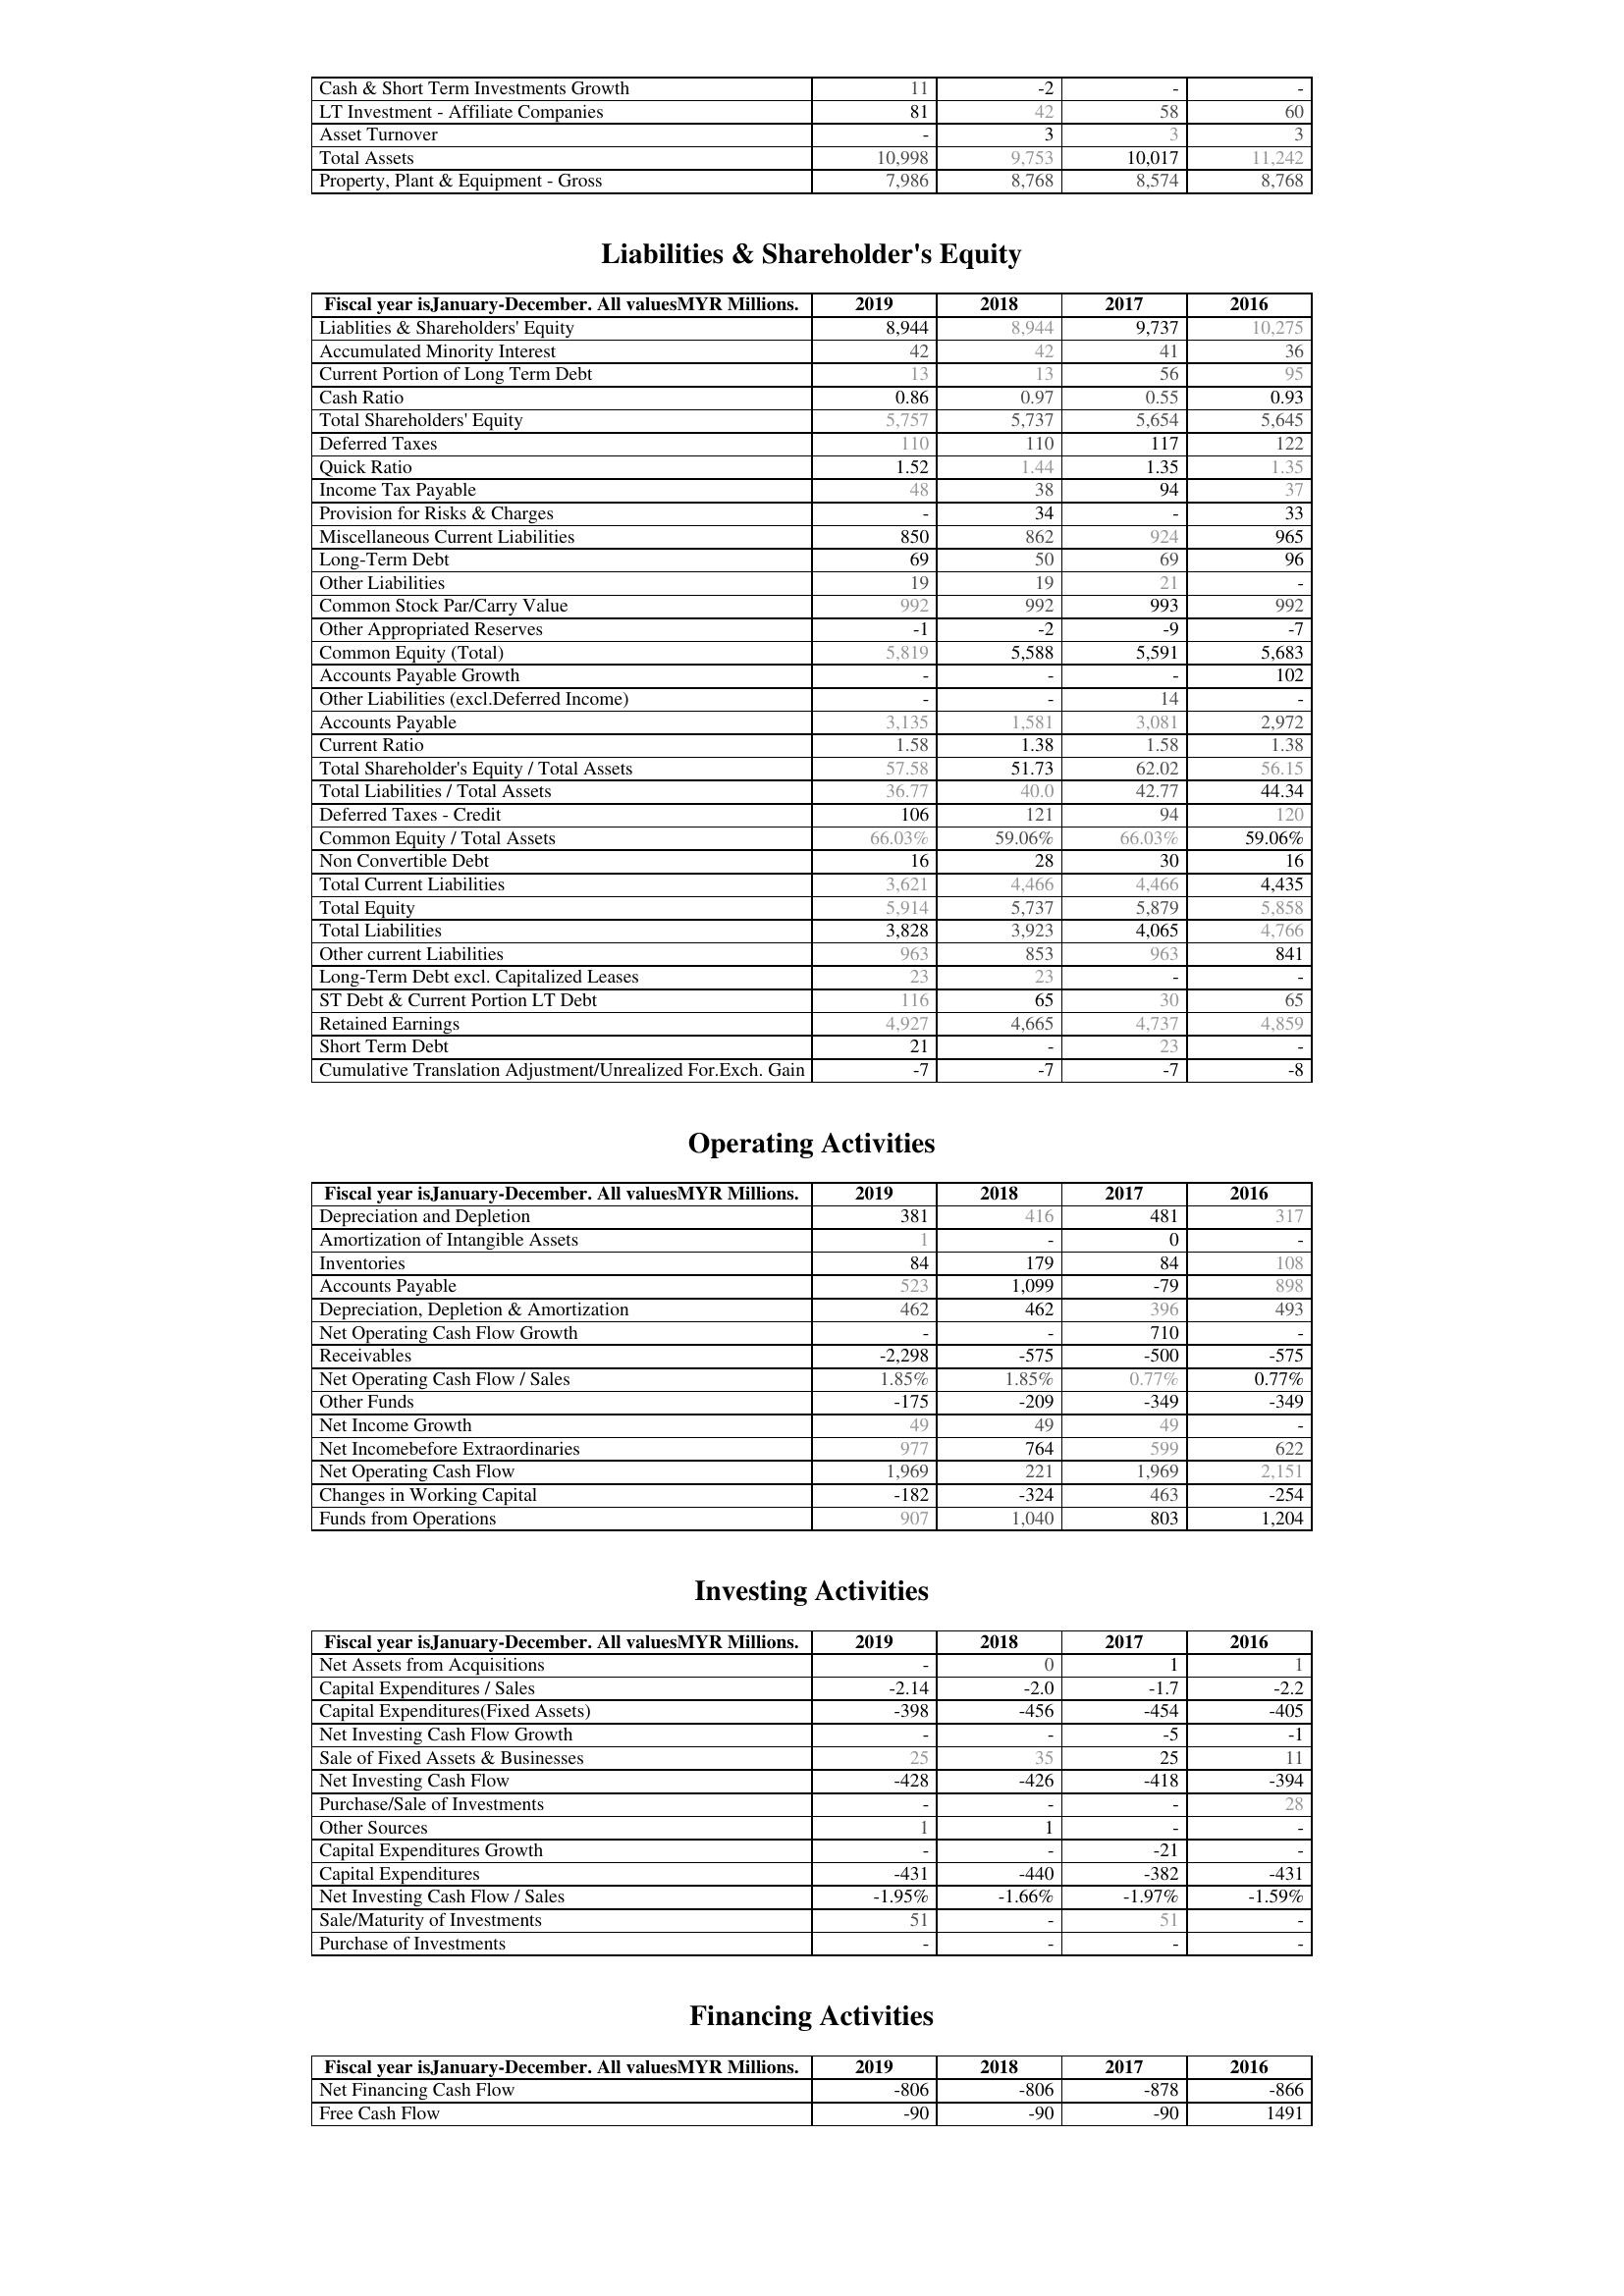
2019: Assets: Cash & Short Term Investments Growth: 11
LT Investment - Affiliate Companies: 81
Asset Turnover: -
Total Assets: 10,998
Property, Plant & Equipment - Gross : 7,986
Liabilities & Shareholder's Equity: Liablities & Shareholders' Equity: 8,944
Accumulated Minority Interest: 42
Current Portion of Long Term Debt: 13
Cash Ratio: 0.86
Total Shareholders' Equity: 5,757
Deferred Taxes: 110
Quick Ratio: 1.52
Income Tax Payable: 48
Provision for Risks & Charges: -
Miscellaneous Current Liabilities: 850
Long-Term Debt: 69
Other Liabilities: 19
Common Stock Par/Carry Value: 992
Other Appropriated Reserves: -1
Common Equity (Total): 5,819
Accounts Payable Growth: -
Other Liabilities (excl.Deferred Income): -
Accounts Payable: 3,135
Current Ratio: 1.58
Total Shareholder's Equity / Total Assets: 57.58
Total Liabilities / Total Assets: 36.77
Deferred Taxes - Credit: 106
Common Equity / Total Assets: 66.03%
Non Convertible Debt: 16
Total Current Liabilities: 3,621
Total Equity: 5,914
Total Liabilities: 3,828
Other current Liabilities: 963
Long-Term Debt excl. Capitalized Leases: 23
ST Debt & Current Portion LT Debt: 116
Retained Earnings: 4,927
Short Term Debt: 21
Cumulative Translation Adjustment/Unrealized For.Exch. Gain: -7
Operating Activities: Depreciation and Depletion: 381
Amortization of Intangible Assets: 1
Inventories: 84
Accounts Payable: 523
Depreciation, Depletion & Amortization: 462
Net Operating Cash Flow Growth: -
Receivables: -2,298
Net Operating Cash Flow / Sales: 1.85%
Other Funds: -175
Net Income Growth: 49
Net Incomebefore Extraordinaries: 977
Net Operating Cash Flow: 1,969
Changes in Working Capital: -182
Funds from Operations: 907
Investing Activities: Net Assets from Acquisitions: -
Capital Expenditures / Sales: -2.14
Capital Expenditures(Fixed Assets): -398
Net Investing Cash Flow Growth: -
Sale of Fixed Assets & Businesses: 25
Net Investing Cash Flow: -428
Purchase/Sale of Investments: -
Other Sources: 1
Capital Expenditures Growth: -
Capital Expenditures: -431
Net Investing Cash Flow / Sales: -1.95%
Sale/Maturity of Investments: 51
Purchase of Investments: -
Financing Activities: Net Financing Cash Flow: -806
Free Cash Flow: -90
2018: Assets: Cash & Short Term Investments Growth: -2
LT Investment - Affiliate Companies: 42
Asset Turnover: 3
Total Assets: 9,753
Property, Plant & Equipment - Gross : 8,768
Liabilities & Shareholder's Equity: Liablities & Shareholders' Equity: 8,944
Accumulated Minority Interest: 42
Current Portion of Long Term Debt: 13
Cash Ratio: 0.97
Total Shareholders' Equity: 5,737
Deferred Taxes: 110
Quick Ratio: 1.44
Income Tax Payable: 38
Provision for Risks & Charges: 34
Miscellaneous Current Liabilities: 862
Long-Term Debt: 50
Other Liabilities: 19
Common Stock Par/Carry Value: 992
Other Appropriated Reserves: -2
Common Equity (Total): 5,588
Accounts Payable Growth: -
Other Liabilities (excl.Deferred Income): -
Accounts Payable: 1,581
Current Ratio: 1.38
Total Shareholder's Equity / Total Assets: 51.73
Total Liabilities / Total Assets: 40.0
Deferred Taxes - Credit: 121
Common Equity / Total Assets: 59.06%
Non Convertible Debt: 28
Total Current Liabilities: 4,466
Total Equity: 5,737
Total Liabilities: 3,923
Other current Liabilities: 853
Long-Term Debt excl. Capitalized Leases: 23
ST Debt & Current Portion LT Debt: 65
Retained Earnings: 4,665
Short Term Debt: -
Cumulative Translation Adjustment/Unrealized For.Exch. Gain: -7
Operating Activities: Depreciation and Depletion: 416
Amortization of Intangible Assets: -
Inventories: 179
Accounts Payable: 1,099
Depreciation, Depletion & Amortization: 462
Net Operating Cash Flow Growth: -
Receivables: -575
Net Operating Cash Flow / Sales: 1.85%
Other Funds: -209
Net Income Growth: 49
Net Incomebefore Extraordinaries: 764
Net Operating Cash Flow: 221
Changes in Working Capital: -324
Funds from Operations: 1,040
Investing Activities: Net Assets from Acquisitions: 0
Capital Expenditures / Sales: -2.0
Capital Expenditures(Fixed Assets): -456
Net Investing Cash Flow Growth: -
Sale of Fixed Assets & Businesses: 35
Net Investing Cash Flow: -426
Purchase/Sale of Investments: -
Other Sources: 1
Capital Expenditures Growth: -
Capital Expenditures: -440
Net Investing Cash Flow / Sales: -1.66%
Sale/Maturity of Investments: -
Purchase of Investments: -
Financing Activities: Net Financing Cash Flow: -806
Free Cash Flow: -90
2017: Assets: Cash & Short Term Investments Growth: -
LT Investment - Affiliate Companies: 58
Asset Turnover: 3
Total Assets: 10,017
Property, Plant & Equipment - Gross : 8,574
Liabilities & Shareholder's Equity: Liablities & Shareholders' Equity: 9,737
Accumulated Minority Interest: 41
Current Portion of Long Term Debt: 56
Cash Ratio: 0.55
Total Shareholders' Equity: 5,654
Deferred Taxes: 117
Quick Ratio: 1.35
Income Tax Payable: 94
Provision for Risks & Charges: -
Miscellaneous Current Liabilities: 924
Long-Term Debt: 69
Other Liabilities: 21
Common Stock Par/Carry Value: 993
Other Appropriated Reserves: -9
Common Equity (Total): 5,591
Accounts Payable Growth: -
Other Liabilities (excl.Deferred Income): 14
Accounts Payable: 3,081
Current Ratio: 1.58
Total Shareholder's Equity / Total Assets: 62.02
Total Liabilities / Total Assets: 42.77
Deferred Taxes - Credit: 94
Common Equity / Total Assets: 66.03%
Non Convertible Debt: 30
Total Current Liabilities: 4,466
Total Equity: 5,879
Total Liabilities: 4,065
Other current Liabilities: 963
Long-Term Debt excl. Capitalized Leases: -
ST Debt & Current Portion LT Debt: 30
Retained Earnings: 4,737
Short Term Debt: 23
Cumulative Translation Adjustment/Unrealized For.Exch. Gain: -7
Operating Activities: Depreciation and Depletion: 481
Amortization of Intangible Assets: 0
Inventories: 84
Accounts Payable: -79
Depreciation, Depletion & Amortization: 396
Net Operating Cash Flow Growth: 710
Receivables: -500
Net Operating Cash Flow / Sales: 0.77%
Other Funds: -349
Net Income Growth: 49
Net Incomebefore Extraordinaries: 599
Net Operating Cash Flow: 1,969
Changes in Working Capital: 463
Funds from Operations: 803
Investing Activities: Net Assets from Acquisitions: 1
Capital Expenditures / Sales: -1.7
Capital Expenditures(Fixed Assets): -454
Net Investing Cash Flow Growth: -5
Sale of Fixed Assets & Businesses: 25
Net Investing Cash Flow: -418
Purchase/Sale of Investments: -
Other Sources: -
Capital Expenditures Growth: -21
Capital Expenditures: -382
Net Investing Cash Flow / Sales: -1.97%
Sale/Maturity of Investments: 51
Purchase of Investments: -
Financing Activities: Net Financing Cash Flow: -878
Free Cash Flow: -90
2016: Assets: Cash & Short Term Investments Growth: -
LT Investment - Affiliate Companies: 60
Asset Turnover: 3
Total Assets: 11,242
Property, Plant & Equipment - Gross : 8,768
Liabilities & Shareholder's Equity: Liablities & Shareholders' Equity: 10,275
Accumulated Minority Interest: 36
Current Portion of Long Term Debt: 95
Cash Ratio: 0.93
Total Shareholders' Equity: 5,645
Deferred Taxes: 122
Quick Ratio: 1.35
Income Tax Payable: 37
Provision for Risks & Charges: 33
Miscellaneous Current Liabilities: 965
Long-Term Debt: 96
Other Liabilities: -
Common Stock Par/Carry Value: 992
Other Appropriated Reserves: -7
Common Equity (Total): 5,683
Accounts Payable Growth: 102
Other Liabilities (excl.Deferred Income): -
Accounts Payable: 2,972
Current Ratio: 1.38
Total Shareholder's Equity / Total Assets: 56.15
Total Liabilities / Total Assets: 44.34
Deferred Taxes - Credit: 120
Common Equity / Total Assets: 59.06%
Non Convertible Debt: 16
Total Current Liabilities: 4,435
Total Equity: 5,858
Total Liabilities: 4,766
Other current Liabilities: 841
Long-Term Debt excl. Capitalized Leases: -
ST Debt & Current Portion LT Debt: 65
Retained Earnings: 4,859
Short Term Debt: -
Cumulative Translation Adjustment/Unrealized For.Exch. Gain: -8
Operating Activities: Depreciation and Depletion: 317
Amortization of Intangible Assets: -
Inventories: 108
Accounts Payable: 898
Depreciation, Depletion & Amortization: 493
Net Operating Cash Flow Growth: -
Receivables: -575
Net Operating Cash Flow / Sales: 0.77%
Other Funds: -349
Net Income Growth: -
Net Incomebefore Extraordinaries: 622
Net Operating Cash Flow: 2,151
Changes in Working Capital: -254
Funds from Operations: 1,204
Investing Activities: Net Assets from Acquisitions: 1
Capital Expenditures / Sales: -2.2
Capital Expenditures(Fixed Assets): -405
Net Investing Cash Flow Growth: -1
Sale of Fixed Assets & Businesses: 11
Net Investing Cash Flow: -394
Purchase/Sale of Investments: 28
Other Sources: -
Capital Expenditures Growth: -
Capital Expenditures: -431
Net Investing Cash Flow / Sales: -1.59%
Sale/Maturity of Investments: -
Purchase of Investments: -
Financing Activities: Net Financing Cash Flow: -866
Free Cash Flow: 1491